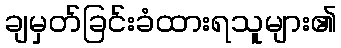
ချမှတ်ခြင်းခံထားရသူများ၏